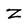
Character: Z